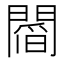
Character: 𨵻